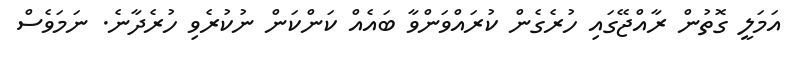
އަމަލީ ގޮތުން ރާއްޖޭގައި ހުރެގެން ކުރައްވަންވާ ބައެއް ކަންކަން ނުކުރެވި ހުރެދާނެ. ނަމަވެސް